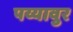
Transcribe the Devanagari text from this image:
पय्यावुर